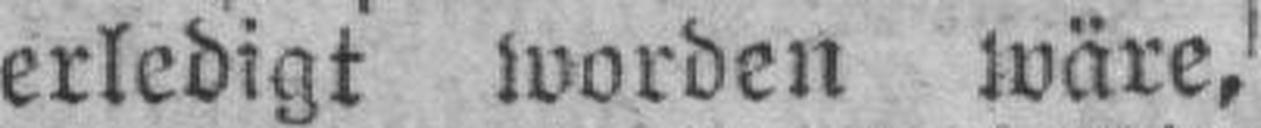
erledigt worden wäre,